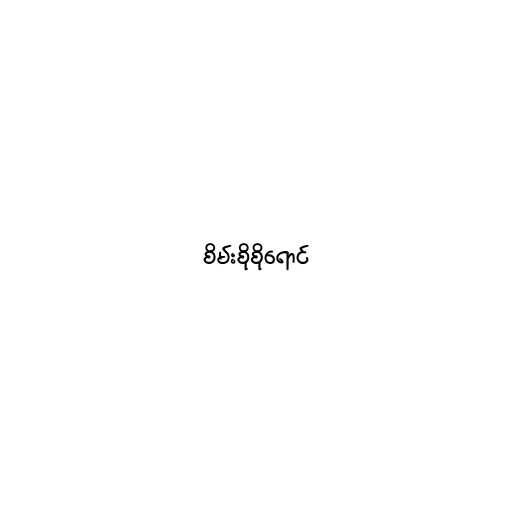
စိမ်းစိုစိုရောင်